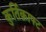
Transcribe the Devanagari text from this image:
कुर्तिक्राफ्ट